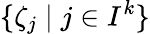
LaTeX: \{ \zeta_{j}\; |\; j\in I^{k}\}